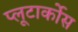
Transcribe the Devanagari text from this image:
प्लूटार्कोस